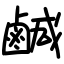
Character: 鹹